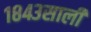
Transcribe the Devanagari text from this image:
१८४३साली